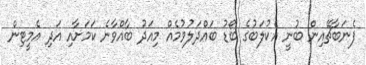
ފެނަބާޗޭއިން ބުނީ އެކުލަބުގެ ބޯޑު ބައްދަލުވުމެއް މިއަދު ބާއްވާނެ ކަމަށާއި އަދި އެމީޓިން